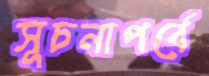
সূচনাপর্বে